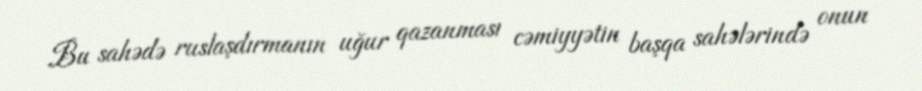
Bu sahədə ruslaşdırmanın uğur qazanması cəmiyyətin başqa sahələrində onun